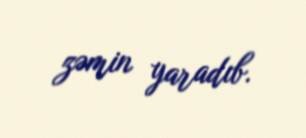
zəmin yaradıb.